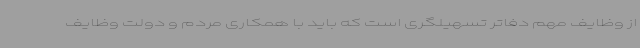
از وظایف مهم دفاتر تسهیلگری است که باید با همکاری مردم و دولت وظایف